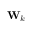
{ \bf W } _ { k }